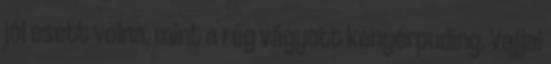
jól esett volna, mint a rég vágyott kenyérpuding. Vajjal